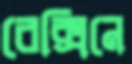
রেক্সিনে